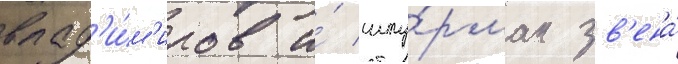
влад'и́м'иров и́ шту́рман зв'ена́